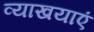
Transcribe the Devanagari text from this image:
व्याखयाएं